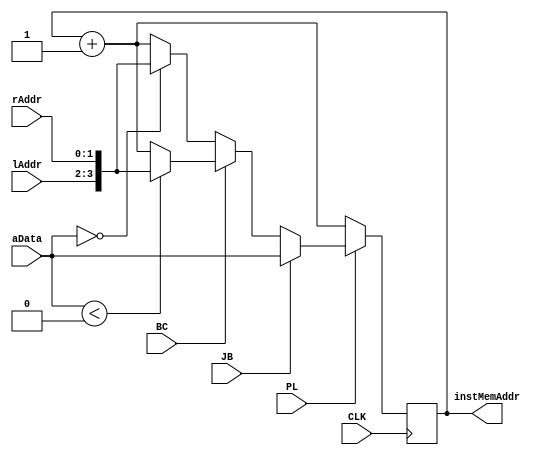
module ProgramCounter(
    input CLK, PL, JB, BC,
    input [1:0] lAddr, rAddr,
    input [3:0] aData,         // From datapath
    output reg [3:0] instMemAddr
);

initial begin
    instMemAddr = 4'b0000;
end

always @(posedge CLK)
begin
    if(PL == 0) instMemAddr = instMemAddr + 1;
    else if(JB == 1) instMemAddr = aData;
    else if(BC == 1)
    begin
        if(aData < 0) instMemAddr = {lAddr, rAddr};
        else instMemAddr = instMemAddr + 1;
    end
    else if(BC == 0)
    begin
        if(aData == 0) instMemAddr = {lAddr, rAddr};
        else instMemAddr = instMemAddr + 1;
    end
end

endmodule